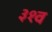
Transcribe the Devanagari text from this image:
३१व